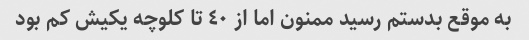
به موقع بدستم رسید ممنون اما از ٤٠ تا کلوچه یکیش کم بود